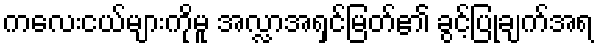
ကလေးငယ်များကိုမူ အလ္လာအရှင်မြတ်၏ ခွင့်ပြုချက်အရ